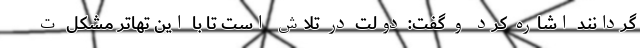
‌گردانند اشاره کرد و گفت: دولت در تلاش است تا با این تهاتر مشکل ت